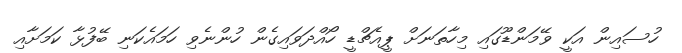
ހުސައިން އަކީ ވޭމަންޑޫގައި މިހާތަނަށް ޕީއެޗްޑީ ހޯއްދަވައިގެން ހުންނެވި ހަމައެކަނި ބޭފުޅާ ކަމަށާއި